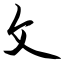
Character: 攵